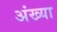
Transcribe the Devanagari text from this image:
अंख्या